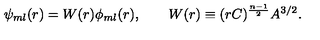
\psi _ { m l } ( r ) = W ( r ) \phi _ { m l } ( r ) , \qquad W ( r ) \equiv ( r C ) ^ { \frac { n - 1 } { 2 } } A ^ { 3 / 2 } .